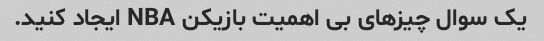
یک سوال چیزهای بی اهمیت بازیکن NBA ایجاد کنید.